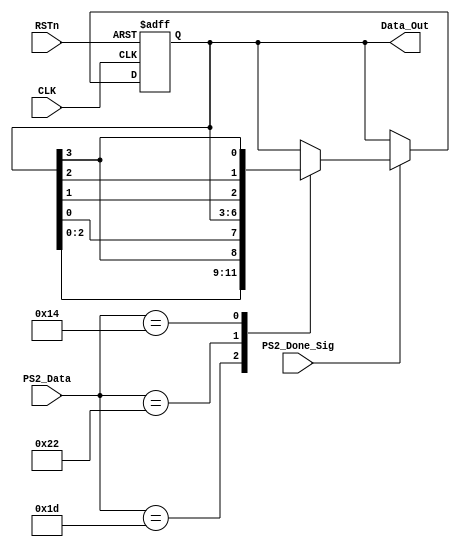
/////////////////////////////////////
//// CMD_CTL_MODULE.v
//// 				ZHAOCHAO
//// 					2016-11-14
/////////////////////////////////////////////////////
////

module CMD_CTL_MODULE
(
	CLK, RSTn,
	PS2_Done_Sig, PS2_Data,
	Data_Out
);

	input CLK;
	input RSTn;
	input PS2_Done_Sig;
	input [7:0]PS2_Data;
	output [3:0]Data_Out;
	
	
	///////////////////////////////////
	
	reg [3:0]rData;
	
	always@(posedge CLK or negedge RSTn)
		if(!RSTn)
			begin
				rData <= 4'b0001;
			end
		else if(PS2_Done_Sig)
			case (PS2_Data)
				
				8'h1d:
					rData <= {rData[2:0], rData[3]};
					
				8'h22:
					rData <= {rData[0], rData[3:1]};
				
				8'h14:
					rData <= {rData[0], rData[1], rData[2], rData[3]};
					
			endcase 
			
	/////////////////////////////////////
	
	assign Data_Out = rData;
	
	
endmodule